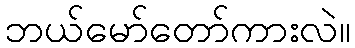
ဘယ်မော်တော်ကားလဲ။